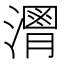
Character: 𱩒